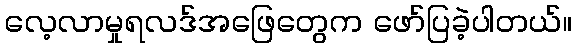
လေ့လာမှုရလဒ်အဖြေတွေက ဖော်ပြခဲ့ပါတယ်။